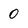
Character: 0